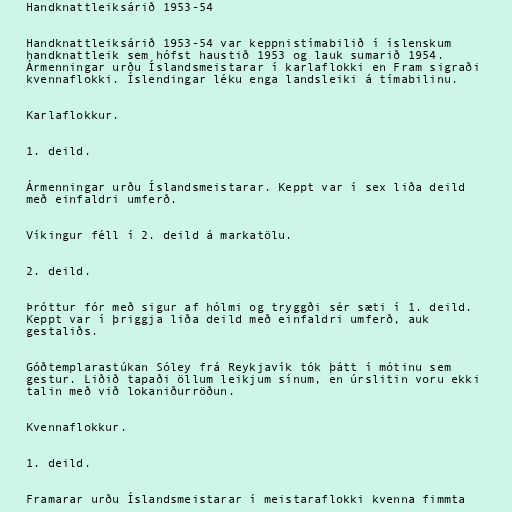
Handknattleiksárið 1953-54

Handknattleiksárið 1953-54 var keppnistímabilið í íslenskum
handknattleik sem hófst haustið 1953 og lauk sumarið 1954.
Ármenningar urðu Íslandsmeistarar í karlaflokki en Fram sigraði
kvennaflokki. Íslendingar léku enga landsleiki á tímabilinu.

Karlaflokkur.

1. deild.

Ármenningar urðu Íslandsmeistarar. Keppt var í sex liða deild
með einfaldri umferð.

Víkingur féll í 2. deild á markatölu.

2. deild.

Þróttur fór með sigur af hólmi og tryggði sér sæti í 1. deild.
Keppt var í þriggja liða deild með einfaldri umferð, auk
gestaliðs.

Góðtemplarastúkan Sóley frá Reykjavík tók þátt í mótinu sem
gestur. Liðið tapaði öllum leikjum sínum, en úrslitin voru ekki
talin með við lokaniðurröðun.

Kvennaflokkur.

1. deild.

Framarar urðu Íslandsmeistarar í meistaraflokki kvenna fimmta